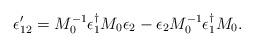
LaTeX: \begin{align*}\epsilon'_{12} = M_0^{-1} \epsilon_1^{\dagger} M_0 \epsilon_2-\epsilon_2 M_0^{-1}\epsilon_1^{\dagger} M_0. \end{align*}